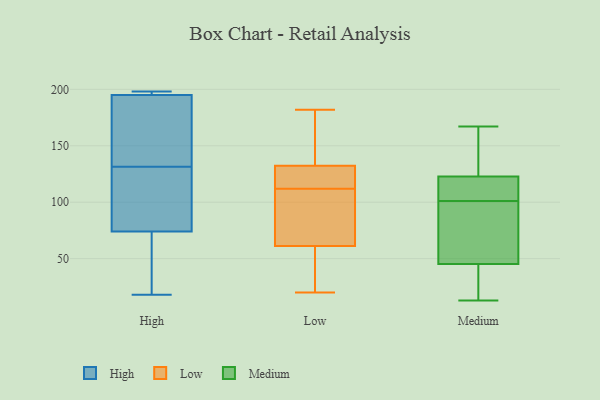
{"axis": {"x": "Inventory Turnover", "y": "Value"}, "legend": ["High", "Low", "Medium"], "data": [{"x": "", "y": 147, "type": "High"}, {"x": "", "y": 198, "type": "High"}, {"x": "", "y": 116, "type": "High"}, {"x": "", "y": 195, "type": "High"}, {"x": "", "y": 195, "type": "High"}, {"x": "", "y": 55, "type": "High"}, {"x": "", "y": 74, "type": "High"}, {"x": "", "y": 18, "type": "High"}, {"x": "", "y": 178, "type": "High"}, {"x": "", "y": 105, "type": "High"}, {"x": "", "y": 47, "type": "Low"}, {"x": "", "y": 145, "type": "Low"}, {"x": "", "y": 132, "type": "Low"}, {"x": "", "y": 113, "type": "Low"}, {"x": "", "y": 182, "type": "Low"}, {"x": "", "y": 71, "type": "Low"}, {"x": "", "y": 21, "type": "Low"}, {"x": "", "y": 80, "type": "Low"}, {"x": "", "y": 112, "type": "Low"}, {"x": "", "y": 132, "type": "Low"}, {"x": "", "y": 133, "type": "Low"}, {"x": "", "y": 66, "type": "Low"}, {"x": "", "y": 20, "type": "Low"}, {"x": "", "y": 26, "type": "Medium"}, {"x": "", "y": 102, "type": "Medium"}, {"x": "", "y": 30, "type": "Medium"}, {"x": "", "y": 119, "type": "Medium"}, {"x": "", "y": 13, "type": "Medium"}, {"x": "", "y": 66, "type": "Medium"}, {"x": "", "y": 125, "type": "Medium"}, {"x": "", "y": 101, "type": "Medium"}, {"x": "", "y": 145, "type": "Medium"}, {"x": "", "y": 47, "type": "Medium"}, {"x": "", "y": 116, "type": "Medium"}, {"x": "", "y": 122, "type": "Medium"}, {"x": "", "y": 40, "type": "Medium"}, {"x": "", "y": 167, "type": "Medium"}, {"x": "", "y": 81, "type": "Medium"}, {"x": "", "y": 147, "type": "Medium"}, {"x": "", "y": 94, "type": "Medium"}]}